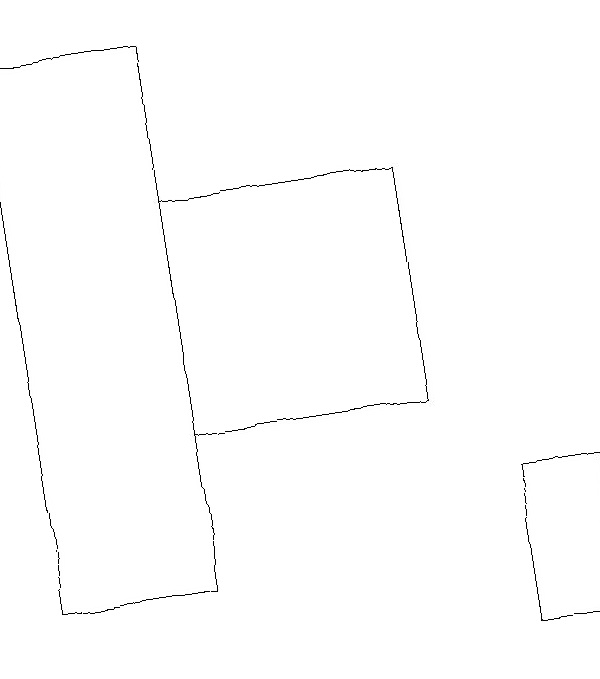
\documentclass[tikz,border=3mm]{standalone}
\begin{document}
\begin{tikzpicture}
\draw (0,19) rectangle (2,12);
\draw (7,13) rectangle (6,11);
\draw (5,14) rectangle (2,17);
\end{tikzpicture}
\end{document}